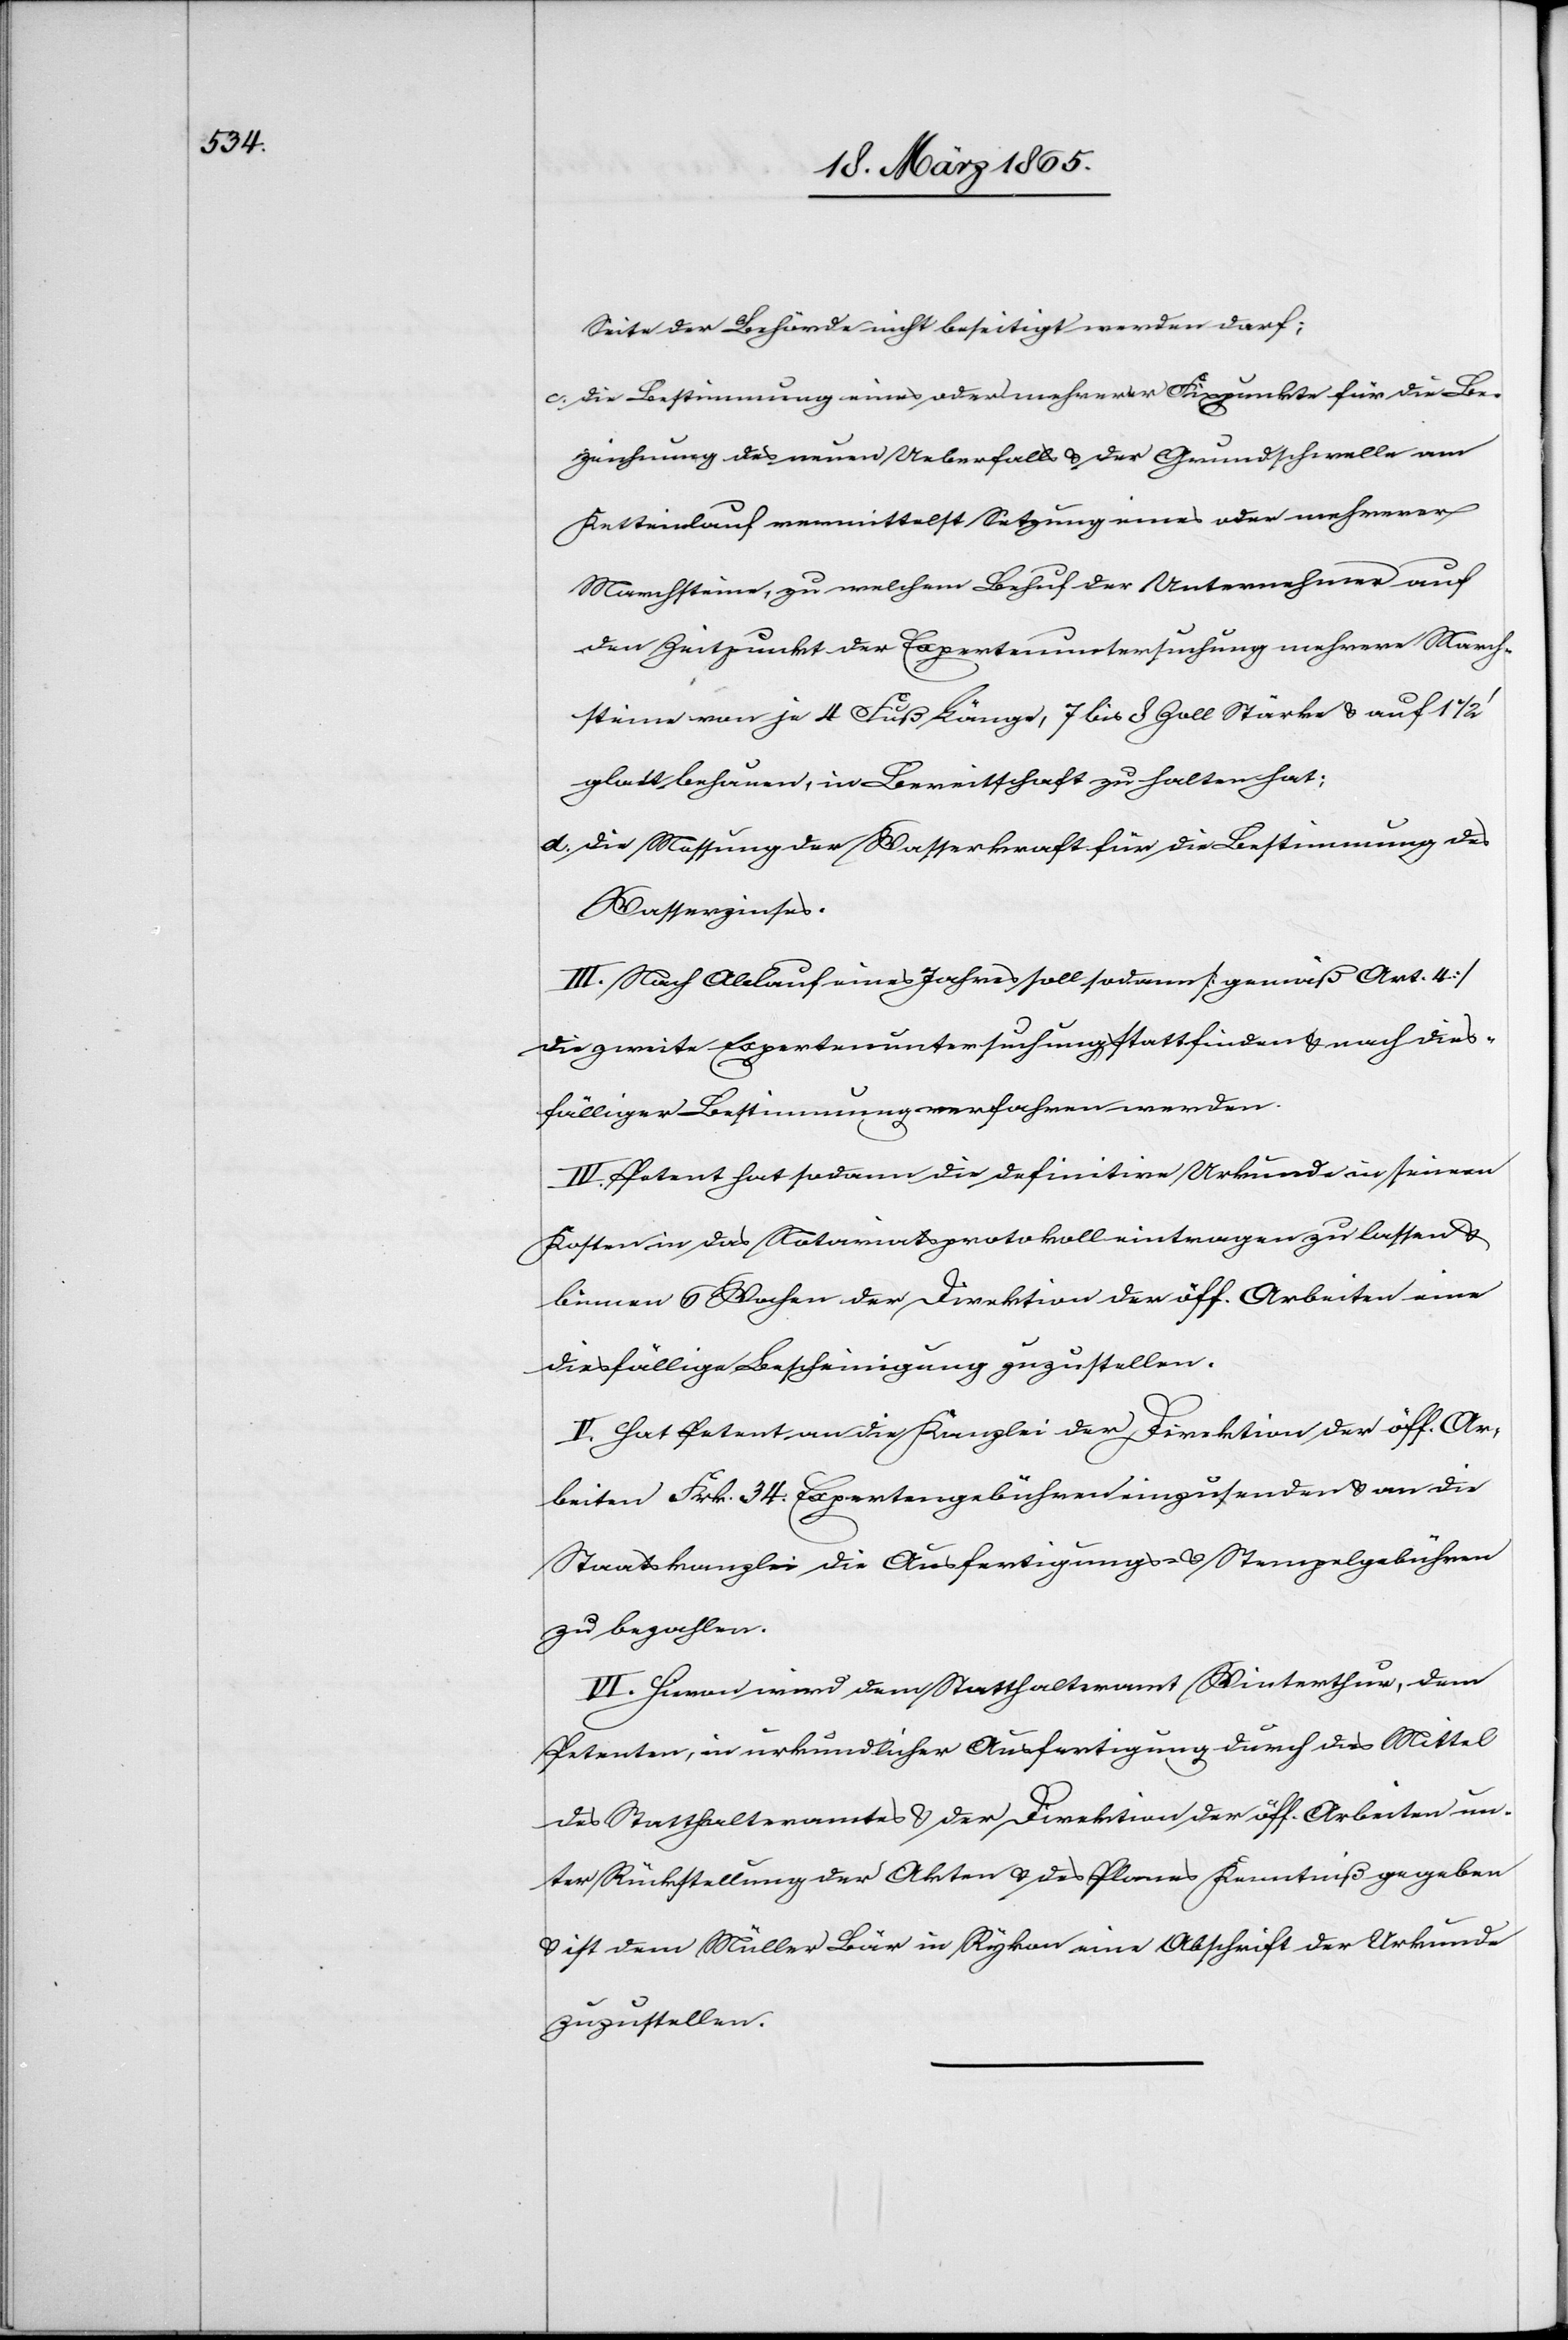
Seite der Behörde nicht beseitigt werden darf;
c. Die Bestimmung eines oder mehrerer Fixpunkte für die Be¬
zeichnung des neuen Ueberfalls & der Grundschwelle am
Ketteinlauf vermittelst Setzung eines oder mehrerer
Marchsteine, zu welchem Behuf der Unternehmer auf
den Zeitpunkt der Expertenuntersuchung mehrere March¬
steine von je 4 Fuß Länge, 7 bis 8 Zoll Stärke & auf 1
glatt behauen, in Bereitschaft zu halten hat;
d. Die Messung der Wasserkraft für die Bestimmung des
Wasserzinses.
III. Nach Ablauf eines Jahres soll sodann [gemäß Art. 4]
die zweite Expertenuntersuchung stattfinden & nach dies¬
fälliger Bestimmung verfahren werden.
IV. Petent hat sodann die definitive Urkunde in seinen
Kosten in das Notariatsprotokoll eintragen zu lassen &
binnen 6 Wochen der Direktion der öff. Arbeiten eine
diesfällige Bescheinigung zuzustellen.
V. Hat Petent an die Kanzlei der Direktion der öff. Ar¬
beiten Frk. 34. Expertengebühren einzusenden & an die
Staatskanzlei die Ausfertigungs- & Stempelgebühren
zu bezahlen.
VI. Hievon wird dem Statthalteramt Winterthur, dem
Petenten, in urkundlicher Ausfertigung durch das Mittel
des Statthalteramtes & der Direktion der öff. Arbeiten un¬
ter Rückstellung der Akten & des Planes Kenntniß gegeben
& ist dem Müller Bär in Rykon eine Abschrift der Urkunde
zuzustellen.